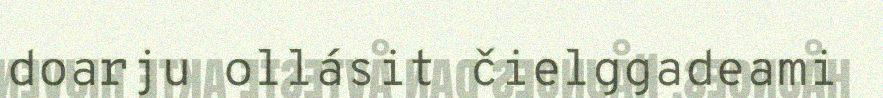
doarju ollásit čielggadeami